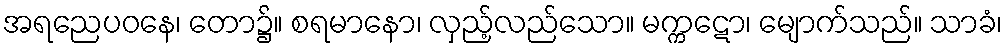
အရညေပဝနေ၊ တော၌။ စရမာနော၊ လှည့်လည်သော။ မက္ကဋော၊ မျောက်သည်။ သာခံ၊